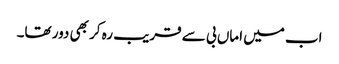
اب میں اماں بی سے قریب رہ کر بھی دور تھا۔